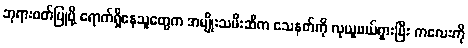
ဘုရားဝတ်ပြုဖို့ ရောက်ရှိနေသူတွေက အမျိုးသမီးဆီက သေနတ်ကို လုယူဖယ်ရှားပြီး ကလေးကို